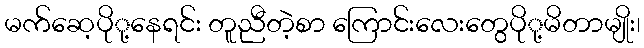
မက်ဆေ့ပိုု့နေရင်း တူညီတဲ့စာ ကြောင်းလေးတွေပိုု့မိတာမျိုး၊